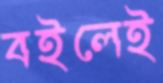
বইলেই